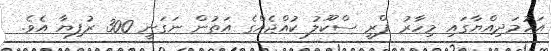
އަހުމަދިއްޔާގައި މިހާރު ޕްރީ ސްކޫލު ކުއްޖެއްގެ އަތުން ނަގަނީ 300 ރުފިޔާ އެވެ.